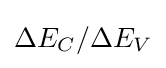
\Delta E_{C}/\Delta E_{V}